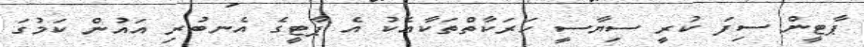
ޕާޓީން ސިފަ ކުރީ ސިޔާސީ ހަރަކާތްތަކާއެކު އެ ޕާޓީގެ އެނބުރި އައުން ކަމުގަ